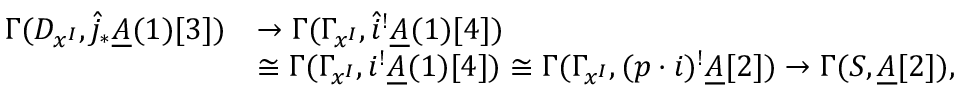
\begin{array} { r l } { \Gamma ( D _ { x ^ { I } } , \hat { j } _ { * } \underline { A } ( 1 ) [ 3 ] ) } & { \rightarrow \Gamma ( \Gamma _ { x ^ { I } } , \hat { i } ^ { ! } \underline { A } ( 1 ) [ 4 ] ) } \\ & { \cong \Gamma ( \Gamma _ { x ^ { I } } , i ^ { ! } \underline { A } ( 1 ) [ 4 ] ) \cong \Gamma ( \Gamma _ { x ^ { I } } , ( p \cdot i ) ^ { ! } \underline { A } [ 2 ] ) \rightarrow \Gamma ( S , \underline { A } [ 2 ] ) , } \end{array}